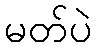
မတ်ပဲ